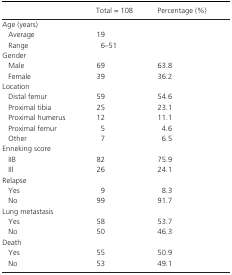
|  | Total = 108 | Percentage (%) |
 | --- | --- | --- |
 | <COLSPAN=3> Age (years) |
 | Average | 19 |  |
 | Range | 6–51 |  |
 | <COLSPAN=3> Gender |
 | Male | 69 | 63.8 |
 | Female | 39 | 36.2 |
 | <COLSPAN=3> Location |
 | Distal femur | 59 | 54.6 |
 | Proximal tibia | 25 | 23.1 |
 | Proximal humerus | 12 | 11.1 |
 | Proximal femur | 5 | 4.6 |
 | Other | 7 | 6.5 |
 | <COLSPAN=3> Enneking score |
 | IIB | 82 | 75.9 |
 | III | 26 | 24.1 |
 | <COLSPAN=3> Relapse |
 | Yes | 9 | 8.3 |
 | No | 99 | 91.7 |
 | <COLSPAN=3> Lung metastasis |
 | Yes | 58 | 53.7 |
 | No | 50 | 46.3 |
 | <COLSPAN=3> Death |
 | Yes | 55 | 50.9 |
 | No | 53 | 49.1 |